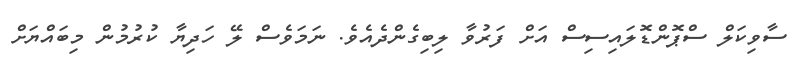
ސާވިކަލް ސްޕޮންޑޮލައިސިސް އަަށް ފަރުވާ ލިބިގެންދެއެވެ. ނަމަވެސް ލޭ ހަދިޔާ ކުރުމުން މިބައްޔަށް